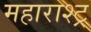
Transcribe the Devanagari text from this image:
महाराश्ट्र